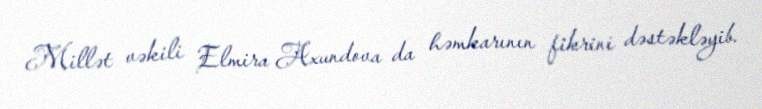
Millət vəkili Elmira Axundova da həmkarının fikrini dəstəkləyib.